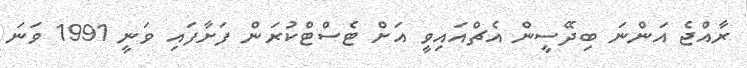
ރާއްޖެ އަންނަ ބިދޭސީން އެޗްއައިވީ އަށް ޓެސްޓްކުރަން ފަށާފައި ވަނީ 1991 ވަނަ